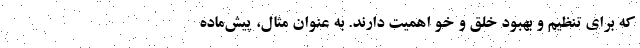
که برای تنظیم و بهبود خلق و خو اهمیت دارند. به عنوان مثال، پیش‌ماده